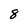
Character: 8